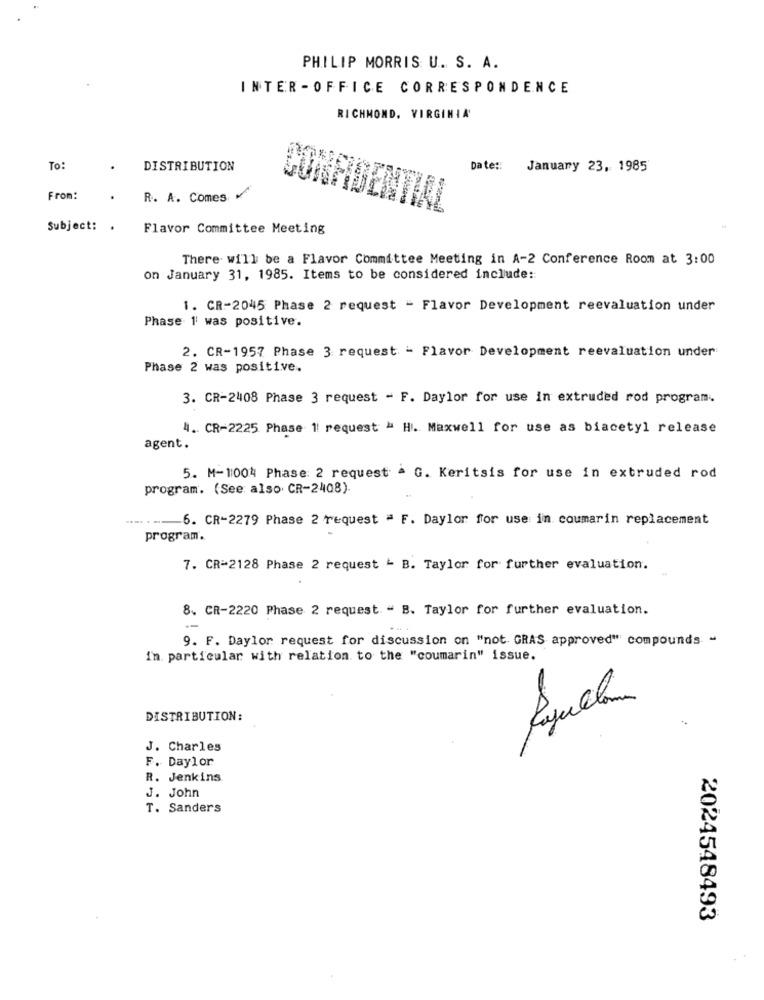
PHILIP MORRIS U. S. A.
INTER -OFFICE CORRESPONDENCE
RICHMOND, VIRGINIA'
To:
DISTRIBUTION
Date :: January 23, 1985
From:
R. A. Comes
Subject: .
Flavor Committee Meeting
There will be a Flavor Committee Meeting in A-2 Conference Room at 3:00
on January 31, 1985. Items to be considered include ::
1. CR-2045 Phase 2 request - Flavor Development reevaluation under
Phase 1' was positive.
2. CR-1957 Phase 3 request - Flavor Development reevaluation under
Phase 2 was positive.
3. CR-2408 Phase 3 request - F. Daylor for use in extruded rod program.
4. CR-2225 Phase 1 request " H. Maxwell for use as biacetyl release
agent.
5. M-1004 Phase: 2 request a G. Keritsis for use in extruded rod
program. (See also CR-2408).
.....-
6. CR-2279 Phase 2 request = F. Daylor for use in coumarin replacement
program.
7. CR-2128 Phase 2 request - B. Taylor for further evaluation.
8. CR-2220 Phase 2 request. - B. Taylor for further evaluation.
9. F. Daylor request for discussion on "not. GRAS approved" compounds -
In particular with relation to the "coumarin" issue.
Rayullan
DISTRIBUTION:
J. Charles
F. Daylor
R. Jenkins
J. John
T. Sanders
2024548493